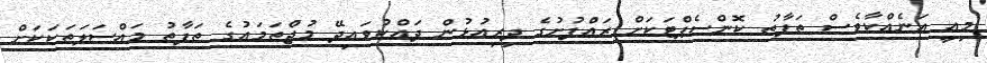
މިއީ އަނެއްކާވެސް ތަފާތު ކޮންސެޕްޓަކަށް ރައްފުށުގެ ދިރިއުޅުން ދައްކުވައިދޭ މުޖްތަމައުގެ ތަފާތު މައްސަލަތަކަކަށް